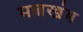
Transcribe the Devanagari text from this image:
मल्लखंभ